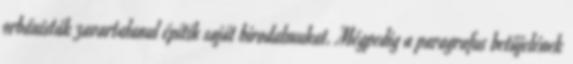
orbánisták zavartalanul építik saját birodalmukat. Mégpedig a paragrafus betűjelének